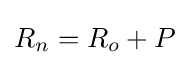
R_{n}=R_{o}+P